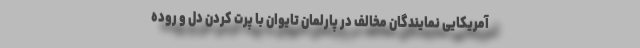
آمریکایی نمایندگان مخالف در پارلمان تایوان با پرت کردن دل و روده‌